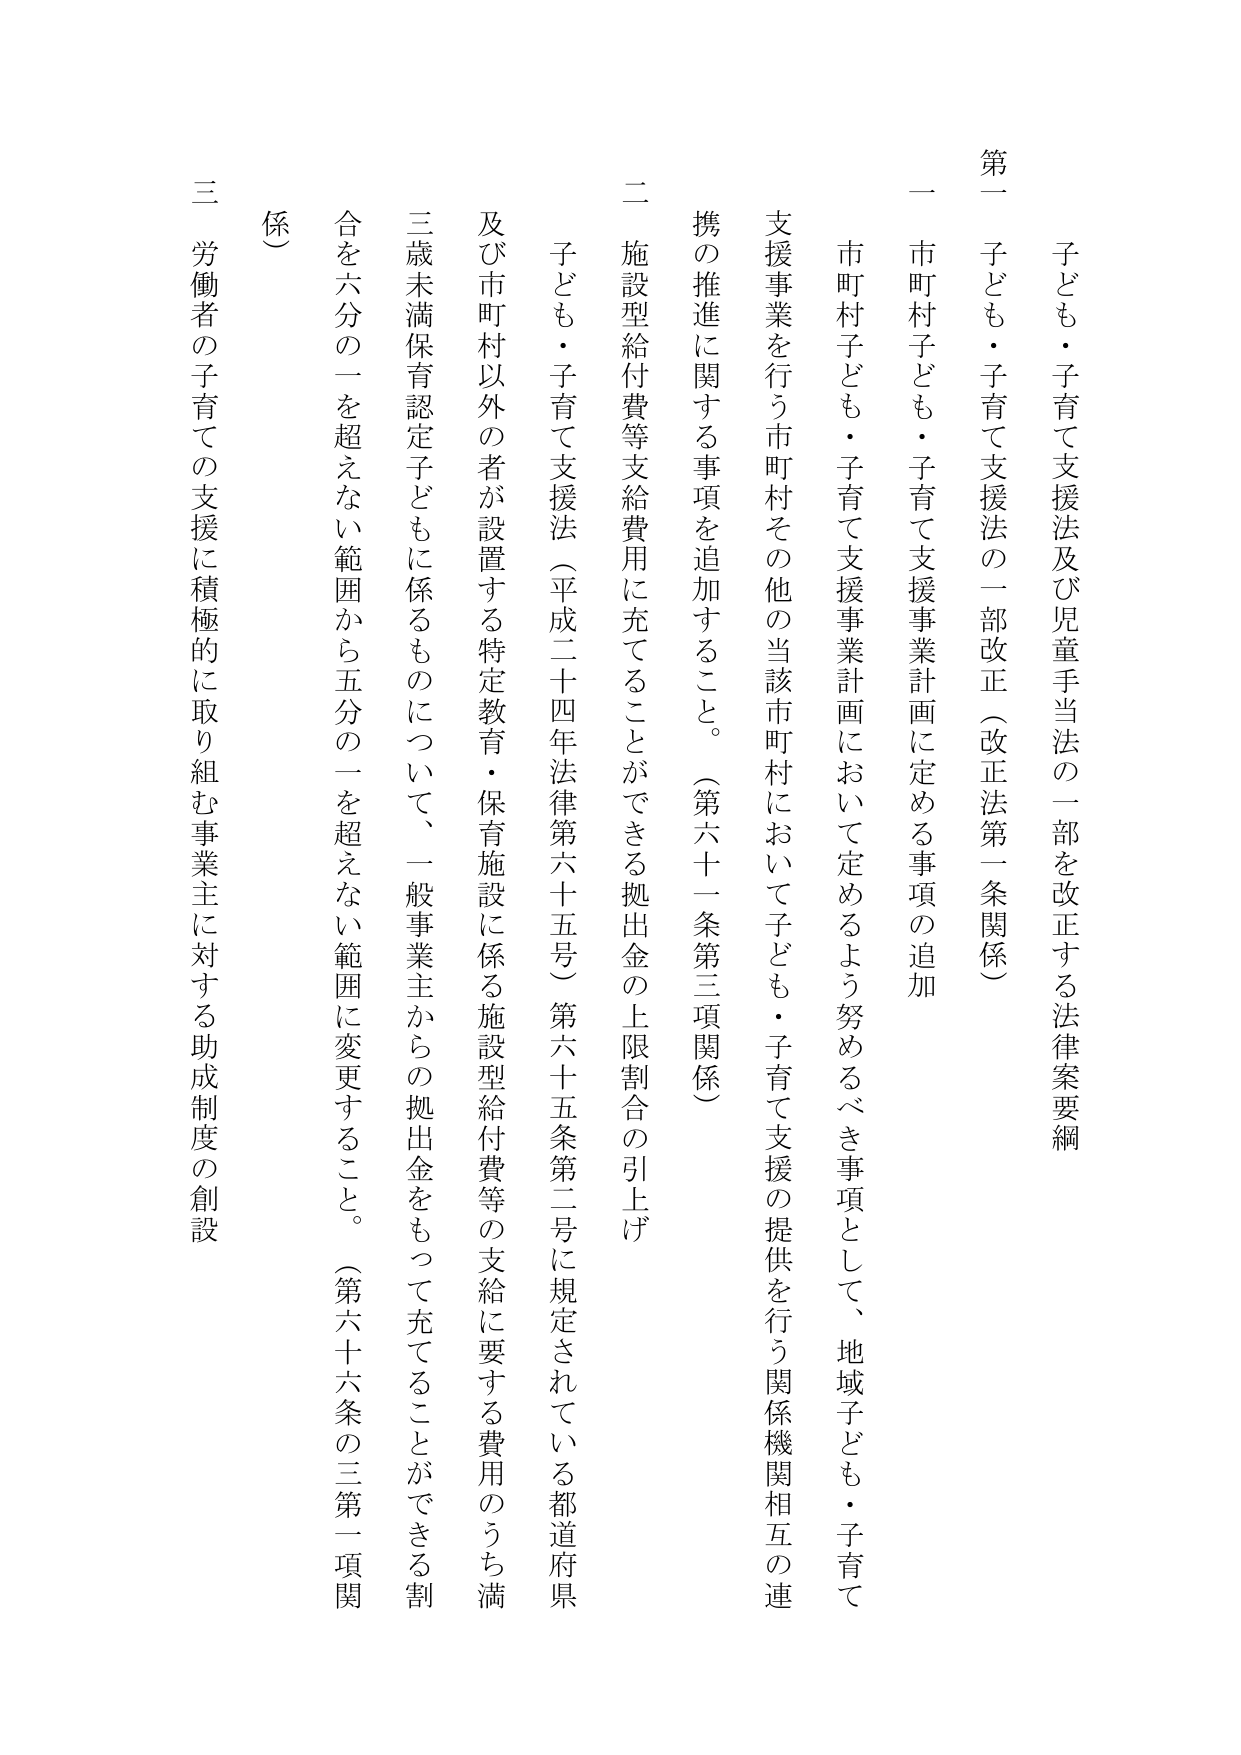
子ども・子育て支援法及び児童手当法の一部を改正する法律案要綱

第一 子ども・子育て支援法の一部改正（改正法第一条関係）

一 市町村子ども・子育て支援事業計画に定める事項の追加

市町村子ども・子育て支援事業計画において定めるよう努めるべき事項として、地域子ども・子育て支援事業を行う市町村その他の当該市町村において子ども・子育て支援の提供を行う関係機関相互の連携の推進に関する事項を追加すること。（第六十一条第三項関係）

二 施設型給付費等支給費用に充てることができる拠出金の上限割合の引上げ

子ども・子育て支援法（平成二十四年法律第六十五号）第六十五条第二号に規定されている都道府県及び市町村以外の者が設置する特定教育・保育施設に係る施設型給付費等の支給に要する費用のうち満三歳未満保育認定子どもに係るものについて、一般事業主からの拠出金をもって充てることができる割合を六分の一を超えない範囲から五分の一を超えない範囲に変更すること。（第六十六条の三第一項関係）

三 労働者の子育ての支援に積極的に取り組む事業主に対する助成制度の創設